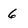
Character: 6